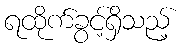
ရထိုက်ခွင့်ရှိသည့်